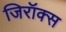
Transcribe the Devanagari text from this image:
जिरॉक्स